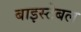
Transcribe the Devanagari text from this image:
बाइस्टेबल